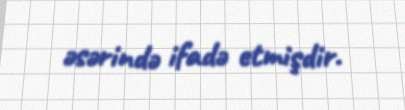
əsərində ifadə etmişdir.